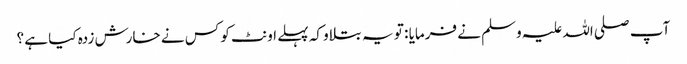
آپ صلی اللہ علیہ وسلم نے فرمایا : تو یہ بتلاو کہ پہلے اونٹ کو کس نے خارش زدہ کیا ہے ؟